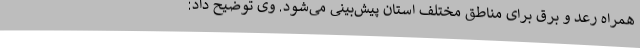
همراه رعد و برق برای مناطق مختلف استان پیش‌بینی می‌شود. وی توضیح داد: